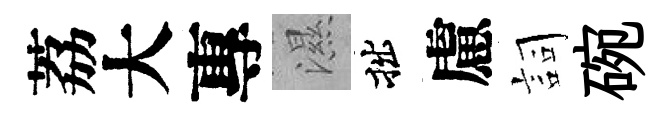
荔大專濕拙慮詞碗